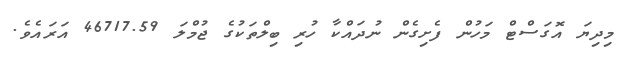
މިދިޔަ އޮގަސްޓް މަހުން ފެށިގެން ނުދައްކާ ހުރި ބިލްތަކުގެ ޖުމްލަ 46717.59 އަރައެވެ.